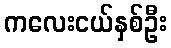
ကလေးငယ်နှစ်ဦး